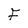
Character: F